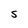
Character: S